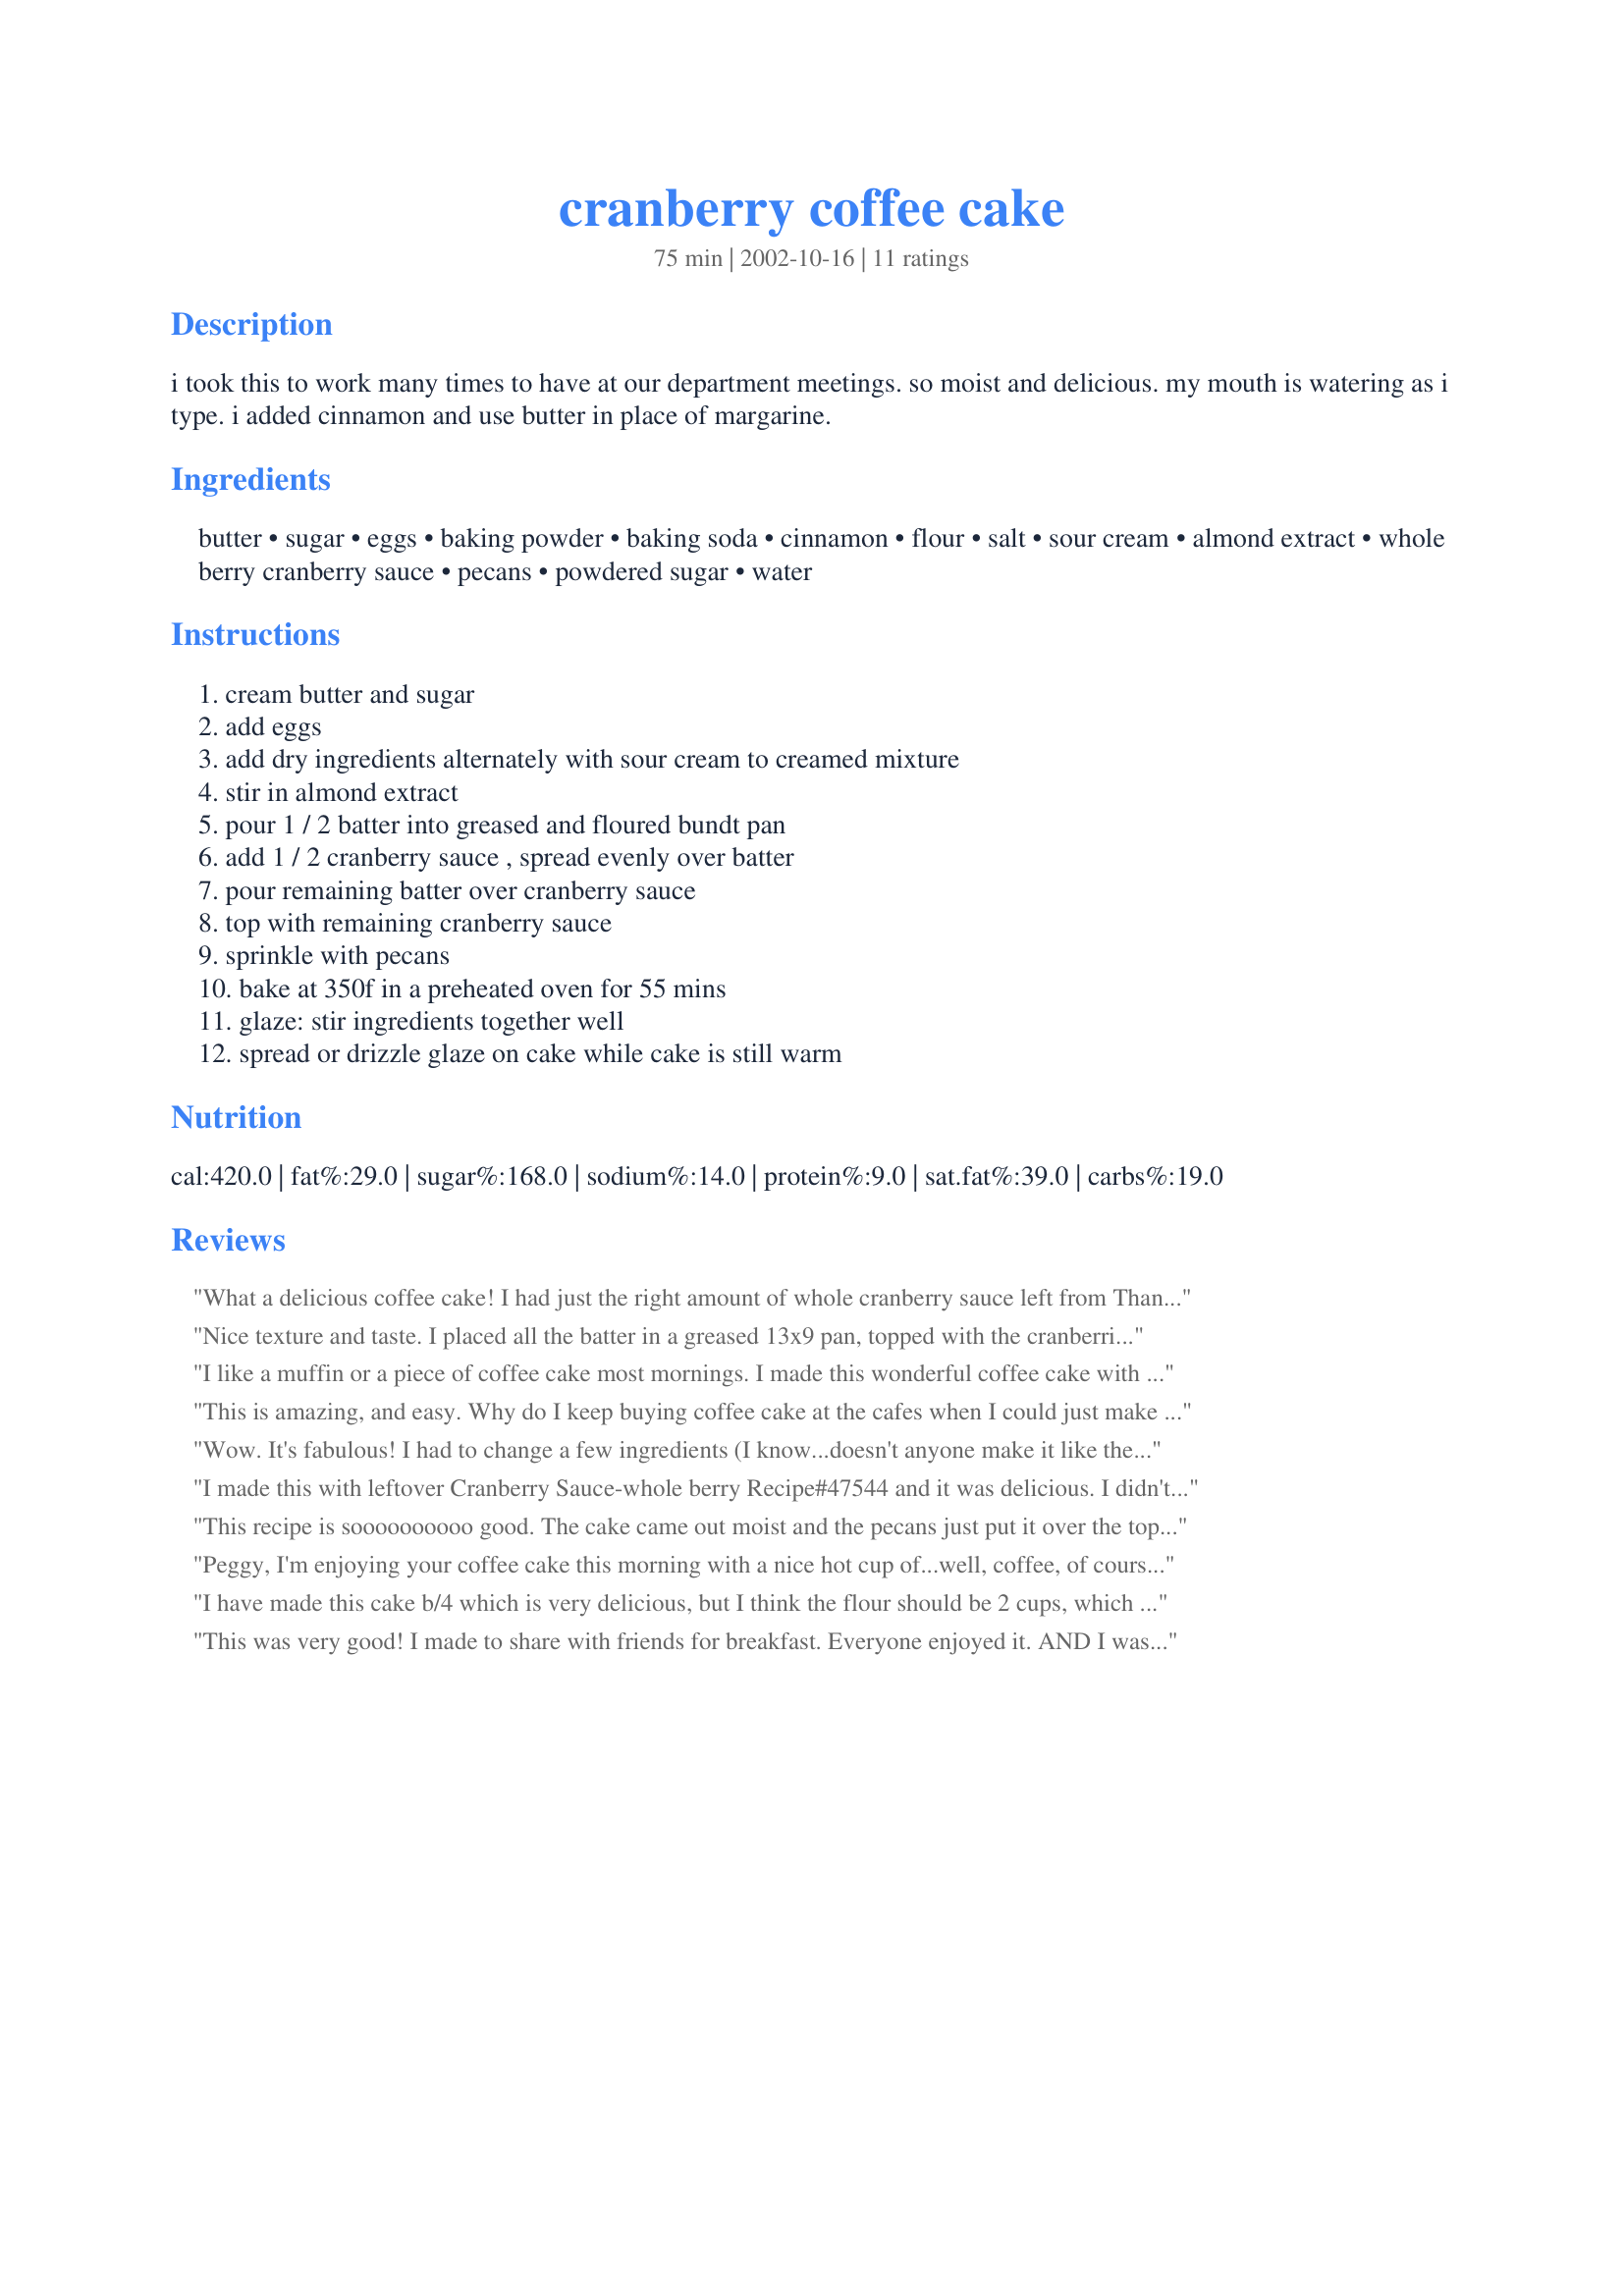
cranberry coffee cake
Preparation time: 75 minutes

i took this to work many times to have at our department meetings. so moist and delicious. my mouth is watering as i type. i added cinnamon and use butter in place of margarine.

Ingredients:
butter, sugar, eggs, baking powder, baking soda, cinnamon, flour, salt, sour cream, almond extract, whole berry cranberry sauce, pecans, powdered sugar, water

Steps:
cream butter and sugar, add eggs, add dry ingredients alternately with sour cream to creamed mixture, stir in almond extract, pour 1 / 2 batter into greased and floured bundt pan, add 1 / 2 cranberry sauce , spread evenly over batter, pour remaining batter over cranberry sauce, top with remaining cranberry sauce, sprinkle with pecans, bake at 350f in a preheated oven for 55 mins, glaze: stir ingredients together well, spread or drizzle glaze on cake while cake is still warm

Reviews:
What a delicious coffee cake! I had just the right amount of whole cranberry sauce left from Thanksgiving to make this recipe. I didn't mix the cranberries in, but spread them in layers like the recipe calls for. I had a difficult time getting it out of the bundt pan (which is my own fault) and it took quite a bit longer to cook then the recipe called for, but other then that it was simple and very, very good. I will definitely make again.
Nice texture and taste. I placed all the batter in a greased 13x9 pan, topped with the cranberries and swirled them into the batter. Baked for 38 minutes.
I like a muffin or a piece of coffee cake most mornings. I made this wonderful coffee cake with my own cranberry sauce and using Splenda and/or Baking Splenda in the sauce and the cake. Also, I used the almond flavor + vanilla but will use only vanilla next time. I am not a lover of almond flavor. This is a great recipe and will be used again and again.
This is amazing, and easy. Why do I keep buying coffee cake at the cafes when I could just make it cheaply at home? I made this over Thanksgiving when we had guests (so I wouldn't have to wake up early and make breakfast). I used 1 lb of fresh cranberries instead of canned and it worked great! The tart pops were delicious. Will make again and again.
Wow. It's fabulous! I had to change a few ingredients (I know...doesn't anyone make it like the recipe is written?) :) I can't have sour cream, so I used apple sauce instead. I also used vanilla instead of almond extract. I also used cake flour instead of regular flour. I can't believe how good it is! My husband loves it too. Thanks for this awesome new dessert!
I made this with leftover Cranberry Sauce-whole berry Recipe#47544 and it was delicious. I didn't read the recipe directions and mixed everything together instead but it still tasted great! Thanks for sharing :)
This recipe is soooooooooo good. The cake came out moist and the pecans just put it over the top. I followed the recipe exactly but used yogurt instead of sour cream. Thank you for sharing this recipe.
Peggy, I'm enjoying your coffee cake this morning with a nice hot cup of...well, coffee, of course! It's so tasty and tender, and what a great way to use leftover cranberry sauce. Loved the cinnamon accent in the batter. I had considered leaving it out so I'm glad I changed my mind. I had jellied sauce to use up, and the middle layer kind of got incorporated into the batter-- I'm sure whole berry sauce, which is what the recipe calls for, would work better. If I had to use the jellied sauce again, I'd probably sandwich it between thin layers of nuts, or perhaps add a bit of cornstarch to it to hold it together better. This recipe worked well using mostly splenda (1 c) plus some brown sugar (1/4 c) and nonfat plain yogurt instead of sour cream, and I threw in a tsp of vanilla along with the almond extract because I love it so much. I really love coffee cakes with a crumb topping, so I made one using almonds, flour, and powdered sugar (bound with a bit of corn syrup and water) instead of the glaze this time around. I know this would look even prettier with glaze piped over the top, so I'll try that next time I make your coffee cake, Peggy. Thanks for posting this wonderful recipe.
I have made this cake b/4 which is very delicious, but I think the flour should be 2 cups, which is what I used when I made this week for work meeting.
This was very good! I made to share with friends for breakfast. Everyone enjoyed it. AND I was able to use up the last of the cranberry sauce - I was wondering what to do with it! Thank you very much for sharing this lovely recipe.
Lovely moist cake. Followed directions and ingredients exactly as written. Thanks.
